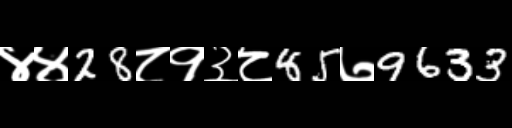
Text: ४४28८१३८85७9633